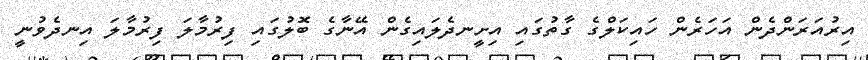
އިރުއަރަންދެން އަހަރެން ހައިކަލްގެ ގާތުގައި އިށީނދެލައިގެން އޭނާގެ ބޮލުގައި ފިރުމާލަ ފިރުމާލަ އިނދެވުނީ